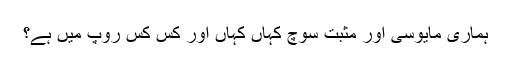
ہماری مایوسی اور مثبت سوچ کہاں کہاں اور کس کس روپ میں ہے؟